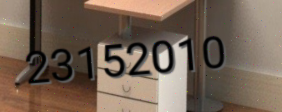
23152010